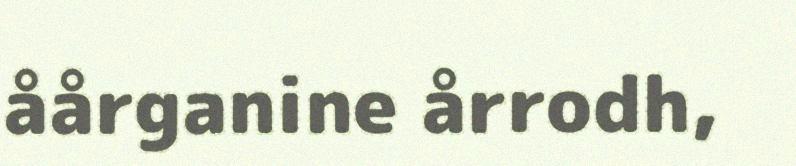
åårganine årrodh,